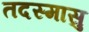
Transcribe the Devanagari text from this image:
तदस्मासु